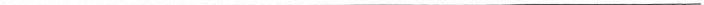
___